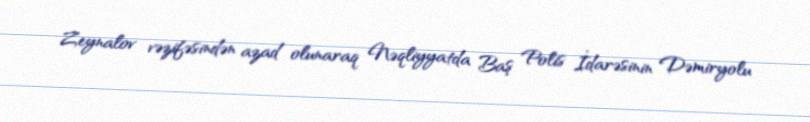
Zeynalov vəzifəsindən azad olunaraq Nəqliyyatda Baş Polis İdarəsinin Dəmiryolu